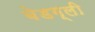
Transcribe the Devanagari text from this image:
बेडग्ली